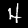
Label: 4